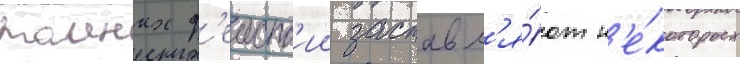
таиных д'еиств'ии заставл'я́ют н'е́которых